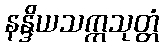
နန္ဒိယသက္ကသုတ္တံ